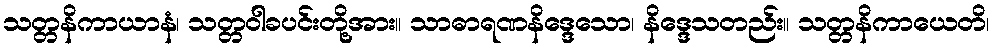
သတ္တနိကာယာနံ၊ သတ္တဝါခပင်းတို့အား။ သာဓာရဏနိဒ္ဒေသော၊ နိဒ္ဒေသတည်း။ သတ္တနိကာယေတိ၊